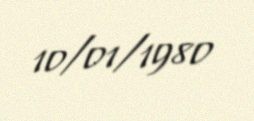
10/01/1980